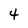
Character: 4